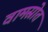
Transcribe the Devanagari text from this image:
वामस्रोत